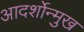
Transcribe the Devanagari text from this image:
आदर्शोन्‍मुख